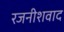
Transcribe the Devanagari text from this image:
रजनीशवाद